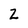
Character: Z